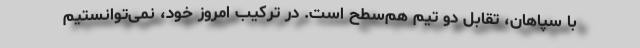
با سپاهان، تقابل دو تیم هم‌سطح است. در ترکیب امروز خود، نمی‌توانستیم